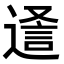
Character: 𮞵